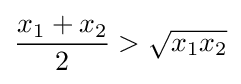
{\frac {x_{1}+x_{2}}{2}}>{\sqrt {x_{1}x_{2}}}